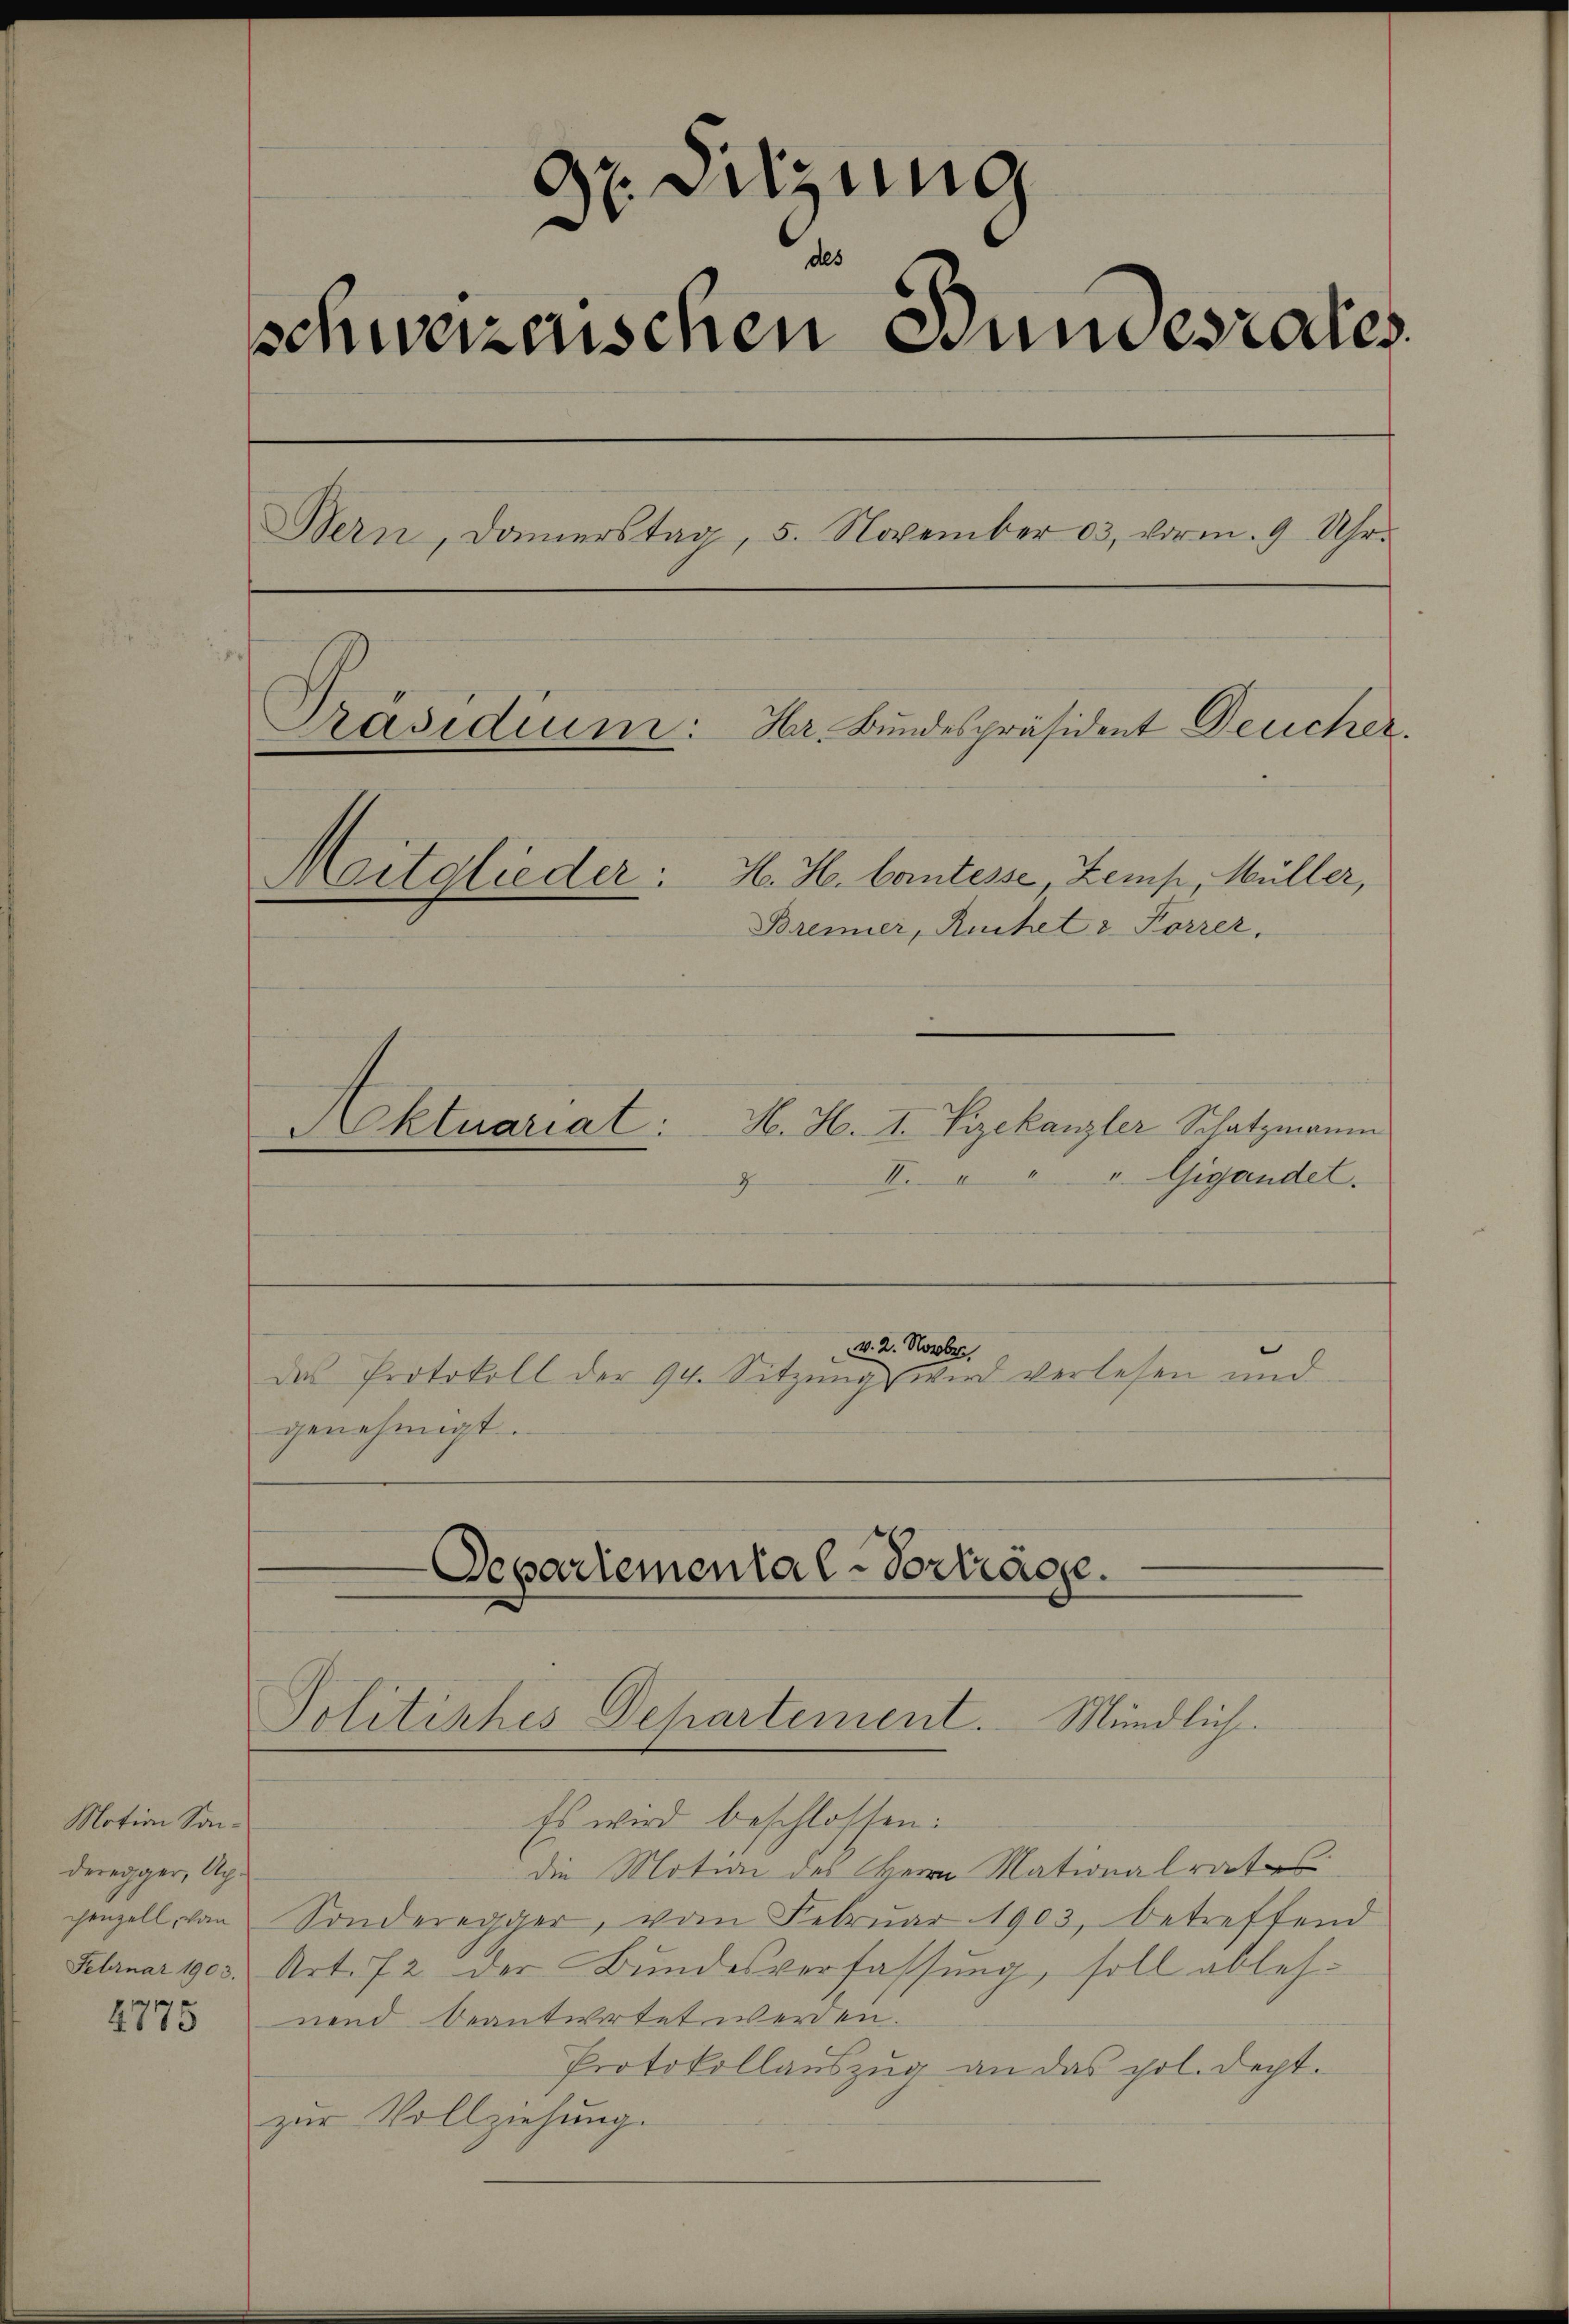
Motion Sanderegger, Ag.
chenzell, von

2775

Dr. Sitzung
d
schweizerischen Bundesrates.
Bern, Damerstag, 5. November 13, vorm. 9 Uhr.
Präsidium: Hr. Bundespräsident Deucher.
H. H. Cantesse, Zemp, Müller,
Meitglieder:
Brenner, Ruhet v Forrer,

H. H. I. Vizekanzler Schatzmann
Aktuariat:
" Gigandel.
22

das Protokoll der 94. Sitzung wird verlesen und
genehmigt.

v. 2. Novbr.

-Departemental-Vorträge.
Politiches Departement. Mündlich.

Es wird beschlossen:
die Motion des Herrn Mationalrates
Sonderegger, vom Februar 1903, betreffend
Februar 1903. Art. 72 der Bundesverfassung, soll ablehnend beantwortet werden.
Protokollauszug an das pol. Dept.
zur Vollziehung.